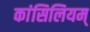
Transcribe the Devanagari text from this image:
कांसिलियम्